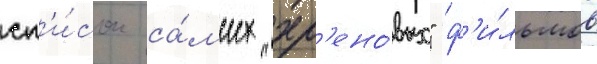
сп'и́сок са́мых "хр'ено́вых" ф'и́льмов